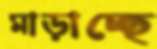
মাড়াচ্ছে